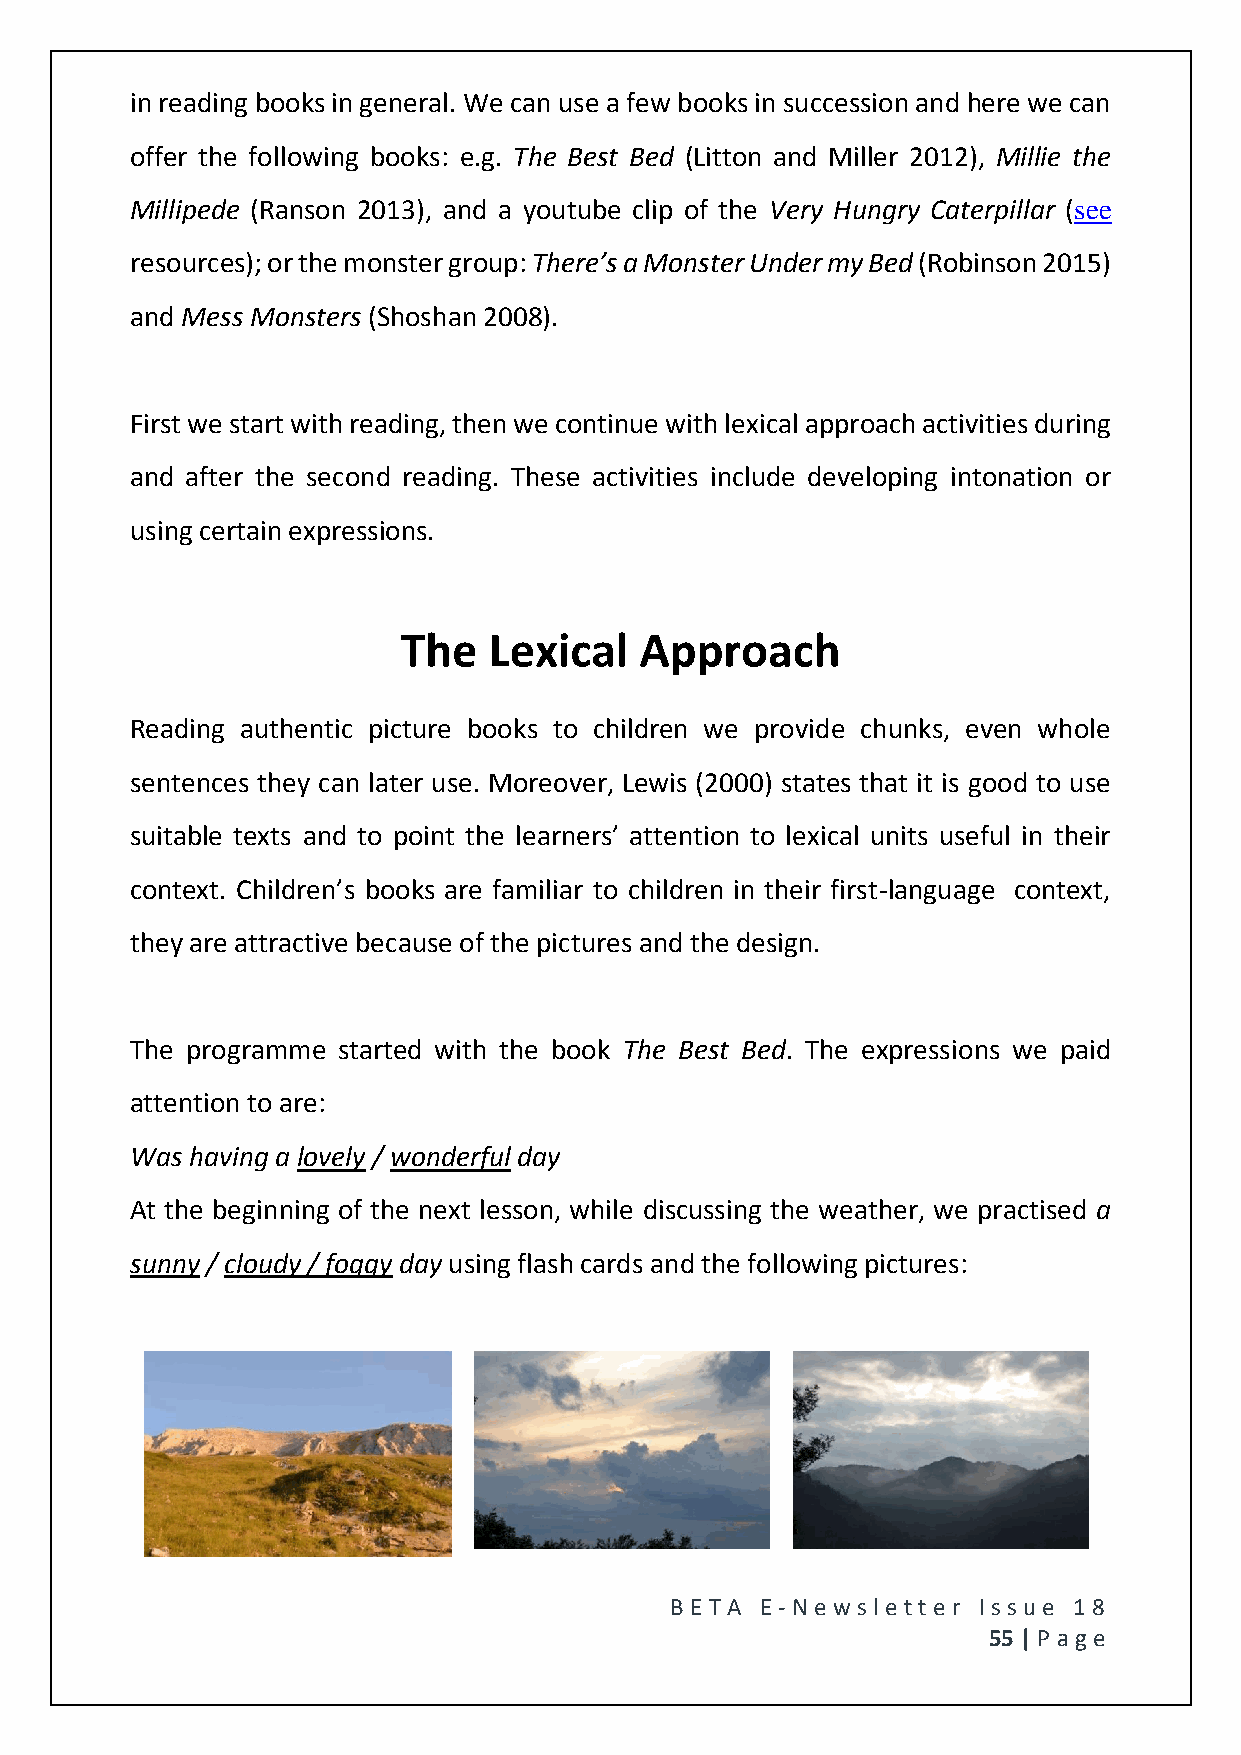
in reading books in general. We can use a few books in succession and here we can
 offer the following books: e.g. The Best Bed (Litton and Miller 2012), Millie the
 Millipede (Ranson 2013), and a youtube clip of the Very Hungry Caterpillar (see
 resources); or the monster group: There’s a Monster Under my Bed (Robinson 2015)
 and Mess Monsters (Shoshan 2008).
 First we start with reading, then we continue with lexical approach activities during
 and after the second reading. These activities include developing intonation or
 using certain expressions.
 The  Lexical   Approach
 Reading authentic picture books to children we provide chunks, even whole
 sentences they can later use. Moreover, Lewis (2000) states that it is good to use
 suitable texts and to point the learners’ attention to lexical units useful in their
 context. Children’s books are familiar to children in their first-language context,
 they are attractive because of the pictures and the design.
 The programme started with the book The Best Bed. The expressions we paid
 attention to are:
 Was having a lovely / wonderful day
 At the beginning of the next lesson, while discussing the weather, we practised a
 sunny / cloudy / foggy day using flash cards and the following pictures:
 BE T A E -N e wsle tt e r Issue 18
 55 | P age